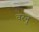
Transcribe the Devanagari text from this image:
वरनु